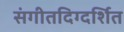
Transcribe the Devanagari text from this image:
संगीतदिग्दर्शित